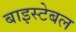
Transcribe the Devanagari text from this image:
बाइस्टेबल